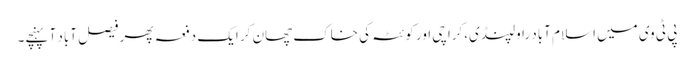
پی ٹی وی میں اسلام آباد راولپنڈی،کراچی اور کوئٹہ کی خاک چھان کر ایک دفعہ پھر فیصل آباد آ پہنچے۔